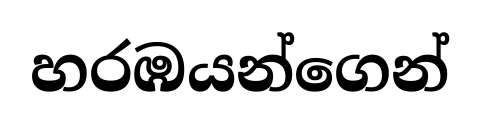
හරඹයන්ගෙන්